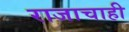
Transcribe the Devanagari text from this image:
राजाचाही